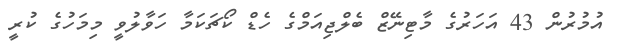
އުމުރުން 43 އަހަރުގެ މާޓިނޭޒް ބެލްޖިއަމްގެ ހެޑް ކޯޗަކަމާ ހަވާލުވީ މިމަހުގެ ކުރީ